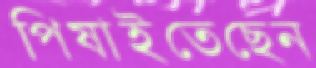
পিষাইতেছেন